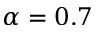
\alpha = 0 . 7